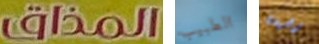
المذاق الطبيب رضيعة